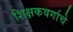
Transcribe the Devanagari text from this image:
शिक्षकवर्गाचे